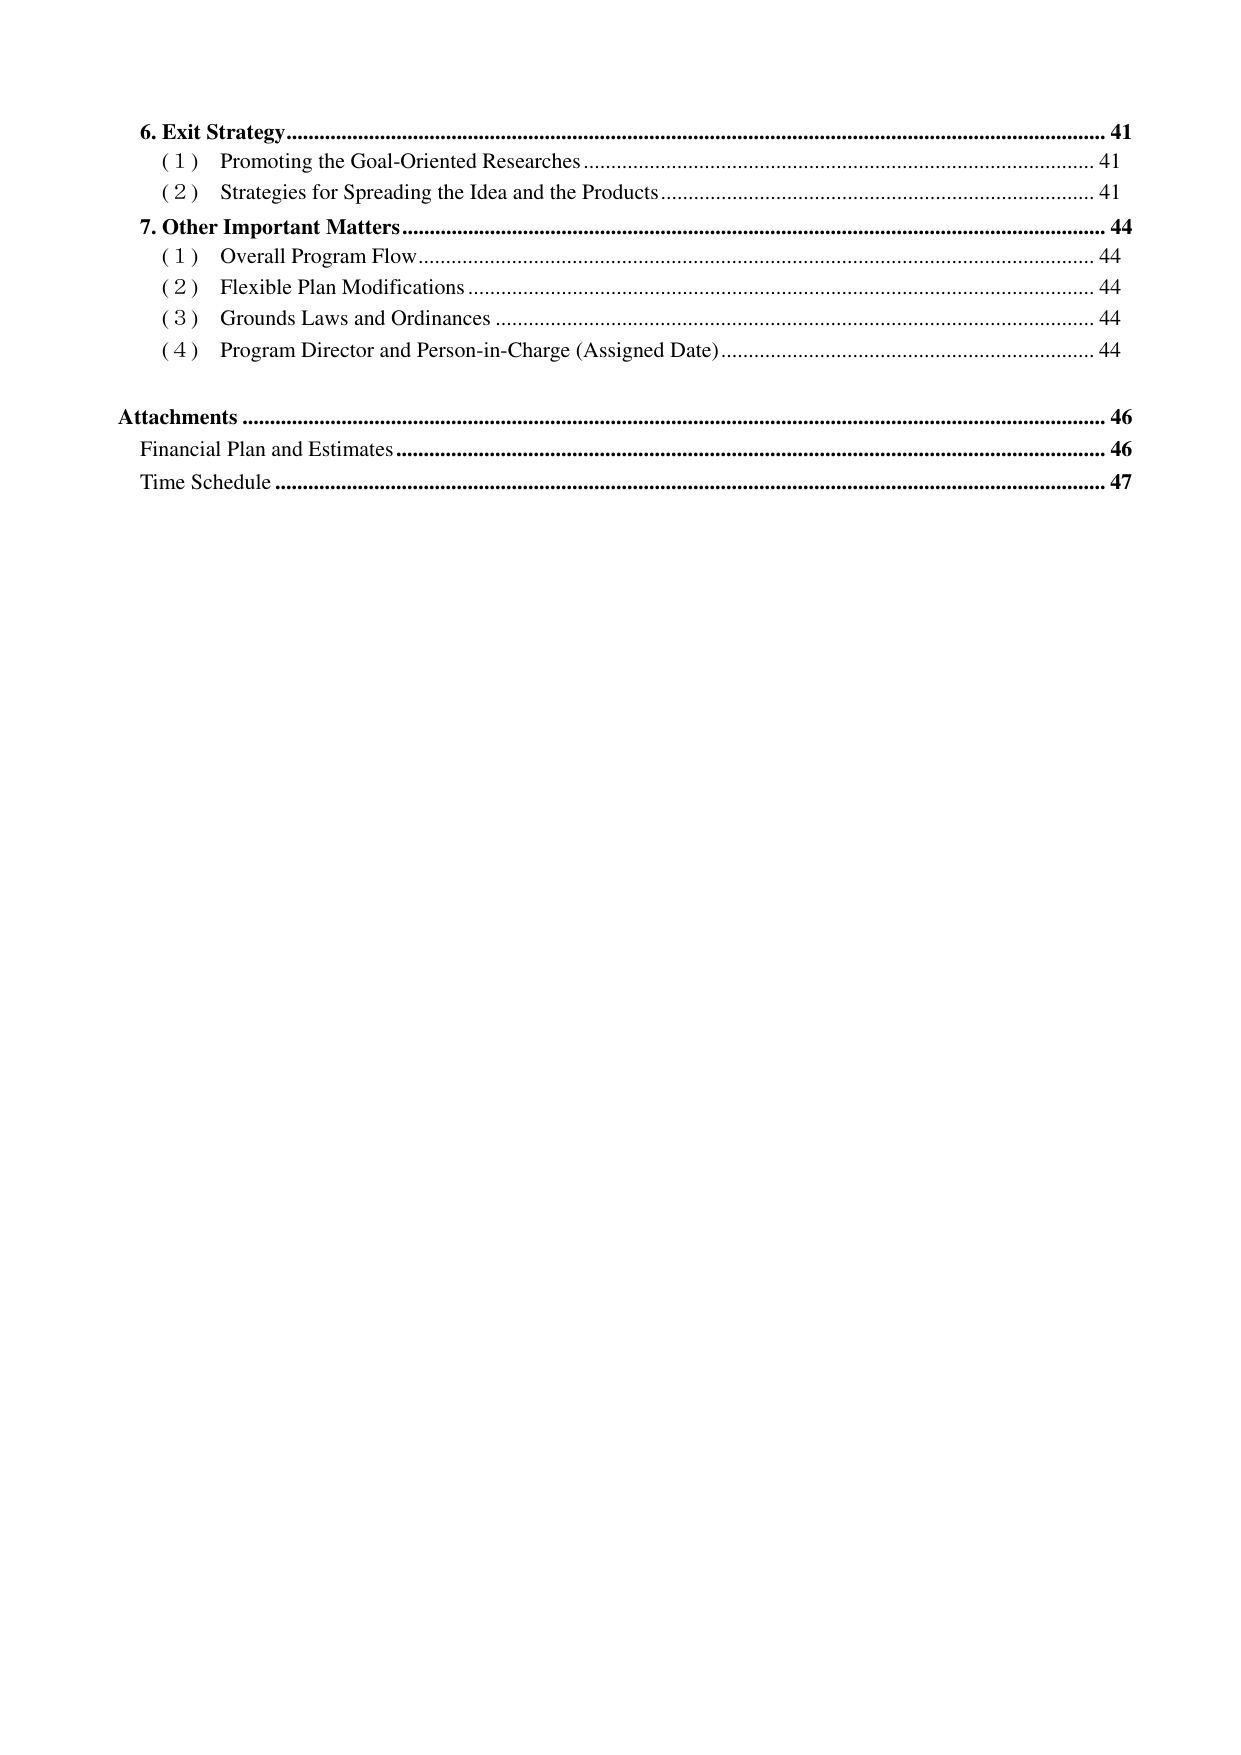
6. Exit Strategy................................................................................................................... 41
(1) Promoting the Goal-Oriented Researches................................................................... 41
(2) Strategies for Spreading the Idea and the Products................................................... 41
7. Other Important Matters............................................................................................... 44
(1) Overall Program Flow............................................................................................... 44
(2) Flexible Plan Modifications...................................................................................... 44
(3) Grounds Laws and Ordinances.................................................................................. 44
(4) Program Director and Person-in-Charge (Assigned Date)......................................... 44
Attachments..................................................................................................................... 46
Financial Plan and Estimates.......................................................................................... 46
Time Schedule.................................................................................................................. 47